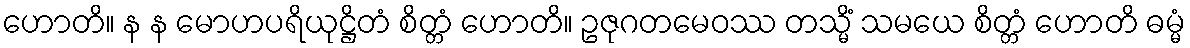
ဟောတိ။ န န မောဟပရိယုဋ္ဌိတံ စိတ္တံ ဟောတိ။ ဥဇုဂတမေဝဿ တသ္မိံ သမယေ စိတ္တံ ဟောတိ ဓမ္မံ